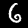
Label: 6